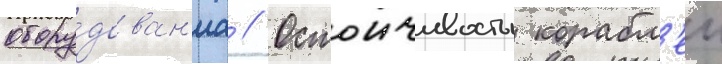
обору́дован'иа // Остоичивость корабл'еи